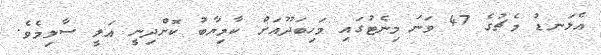
އެލަނޑު މެޗުގެ 47 ވަނަ މިނެޓުގައި މަހިބަދޫއަށް ކާމިޔާބު ކޮށްދިނީ އަލީ ސާލިމެވެ.